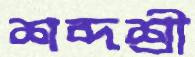
শব্দশ্রী